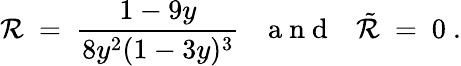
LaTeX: \mathcal{R}\ =\ \frac{{1-9y}}{{8y^{2}(1-3y)^{3}}}{~~~\mathrm{{~a~n~d~}}~~~}\tilde{{\mathcal{R}}}\ =\ 0~.